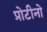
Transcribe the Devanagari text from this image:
प्रोटीनो